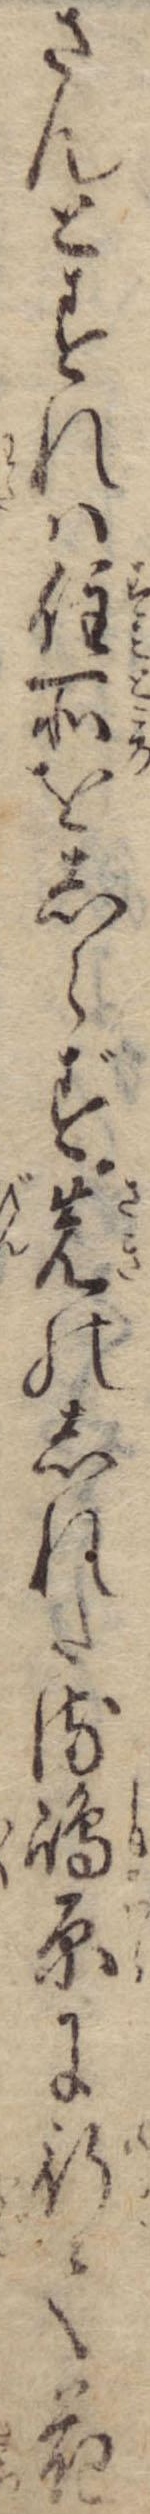
さんとすれば住所をしらず先のしれたる島原に行て花